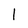
Character: l